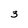
Character: 3